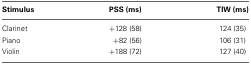
<table><thead><tr><td><b>Stimulus</b></td><td><b>PSS (ms)</b></td><td><b>TIW (ms)</b></td></tr></thead><tbody><tr><td>Clarinet</td><td>+128 (58)</td><td>124 (35)</td></tr><tr><td>Piano</td><td>+82 (56)</td><td>106 (31)</td></tr><tr><td>Violin</td><td>+188 (72)</td><td>127 (40)</td></tr></tbody></table>